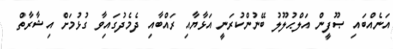
އަނެއްބައި ޞޫފީން އަލްޙުލޫލު ބޭނުންކުރަނީ އަޅާޔާއި ރައްބާއި ދެމެދުގައިވާ ގުޅުމަށް އިޝާރާތް